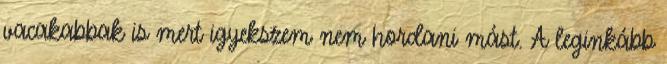
vacakabbak is mert igyekszem nem hordani mást. A leginkább